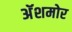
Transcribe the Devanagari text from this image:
अॅशमोर